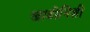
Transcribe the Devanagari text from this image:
खाडीनिशी